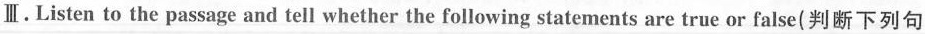
Ⅲ. Listen to the passage and tell whether the following statements are true or false(判断下列句